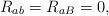
LaTeX: \begin{align*}R_{a b} = R_{a B} =0,\end{align*}